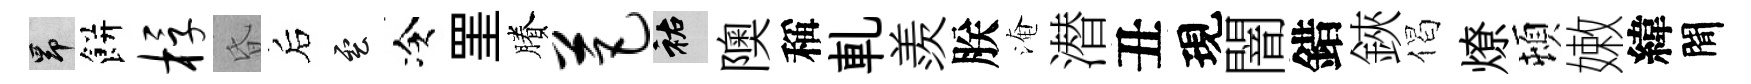
昂餅桴昏后雲冷罣賸芭祐隩稱軋羨朕淹潜丑現闇錯鋏偈燎頓嫩緯閒